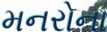
મનરોના